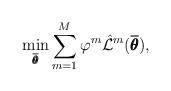
LaTeX: \begin{align*} \min_{\overline{\pmb{\theta}}} \sum_{m=1}^{M} \varphi^m \hat{\mathcal{L}}^m(\overline{\pmb{\theta}}),\end{align*}